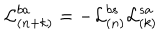
{ \cal L } _ { ( n + k ) } ^ { b a } = - { \cal L } _ { ( n ) } ^ { b s } { \cal L } _ { ( k ) } ^ { s a }